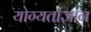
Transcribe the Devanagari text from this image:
योग्यताज्ञान